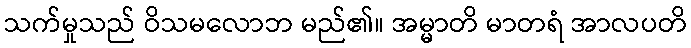
သက်မှုသည် ဝိသမလောဘ မည်၏။ အမ္မာတိ မာတရံ အာလပတိ